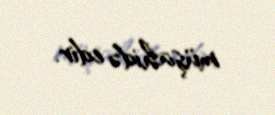
müşahidə edir.